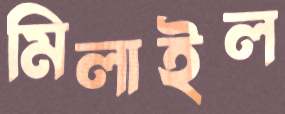
মিলাইল